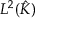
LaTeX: L ^ { 2 } ( { \hat { K } } )